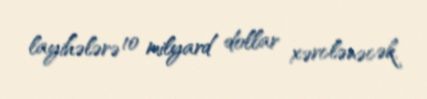
layihələrə 10 milyard dollar xərclənəcək.